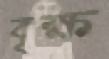
বৃক্ষ